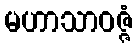
မဟာသာဝဇ္ဇံ